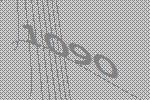
1090